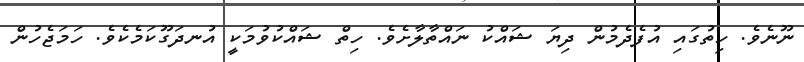
ނޫނެވެ. ހިތުގައި އުފެދެމުން ދިޔަ ޝައްކު ނައްތާލާށެވެ. ހިތް ޝައްކުވުމަކީ އުނދަގޫކަމެކެވެ. ހަމަޖެހުން